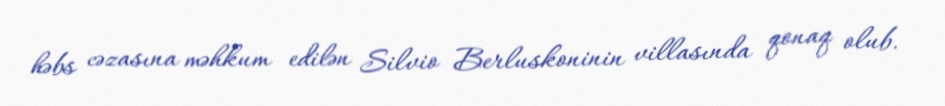
həbs cəzasına məhkum edilən Silvio Berluskoninin villasında qonaq olub.